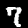
Label: 7